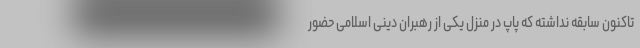
تاکنون سابقه نداشته که پاپ در منزل یکی از رهبران دینی اسلامی حضور